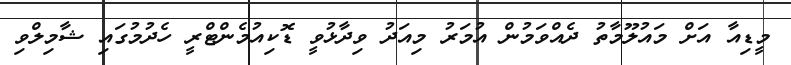
މީޑިއާ އަށް މައުލޫމާތު ދެއްވަމުން އުމަރު މިއަދު ވިދާޅުވީ ޑޮކިއުމެންޓްރީ ހެދުމުގައި ޝާމިލްވި